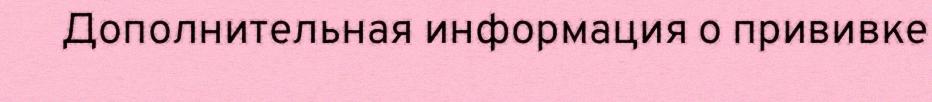
Дополнительная информация о прививке